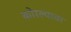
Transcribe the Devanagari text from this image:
कोरल्यावर